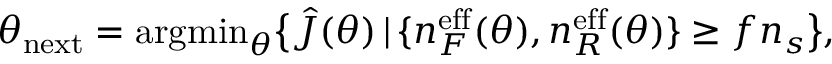
\theta _ { \mathrm { n e x t } } = \mathrm { a r g m i n } _ { \theta } \big \{ \hat { J } ( \theta ) \, | \, \{ n _ { F } ^ { \mathrm { e f f } } ( \theta ) , n _ { R } ^ { \mathrm { e f f } } ( \theta ) \} \geq f n _ { s } \big \} ,